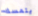
يتمسك